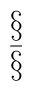
\begin{array}{c} \S \\ \bar{\S} \end{array}